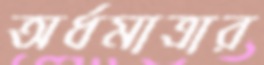
অর্ধমাত্রার